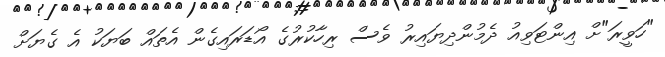
"ހަވީރަ"ށް އިންޓަވިއު ދެމުންދިޔައިރު ވެސް ރިހާކުރުގެ އޯޑަރައިގެން އެތައް ބަޔަކު އެ ގެޔަށް